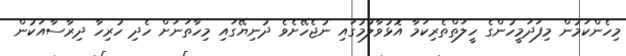
މިހެންކަމުން މިފަދަމީހުންގެ ހީލަތްތެރިކަމާ އޮޅުވާލުމުގައި ނުޖެހޭށެވެ ދުނިޔޭގައި މިހާތަނަށް ހެދި ހުރިހާ ދިރާސާއަކުން